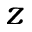
\boldsymbol { z }